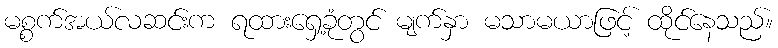
မစ္စက်အယ်လဆင်းက ရထားရှေ့ခုံတွင် မျက်နှာ မသာမယာဖြင့် ထိုင်နေသည်။